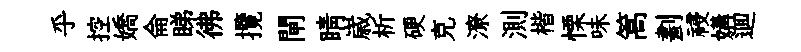
乎控嬌侖睇彿攬閘睛𡻕析硬克潦測楷慄味篙劃祲媾逥